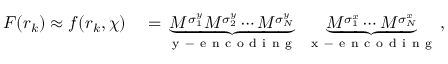
\begin{array} { r l } { F ( \boldsymbol { r } _ { k } ) \approx f ( \boldsymbol { r } _ { k } , \chi ) } & { { } = \underbrace { M ^ { \sigma _ { 1 } ^ { y } } M ^ { \sigma _ { 2 } ^ { y } } \cdots M ^ { \sigma _ { N } ^ { y } } } _ { \mathrm { ~ y ~ - ~ e ~ n ~ c ~ o ~ d ~ i ~ n ~ g ~ } } \; \underbrace { M ^ { \sigma _ { 1 } ^ { x } } \cdots M ^ { \sigma _ { N } ^ { x } } } _ { \mathrm { ~ x ~ - ~ e ~ n ~ c ~ o ~ d ~ i ~ n ~ g ~ } } \, , } \end{array}